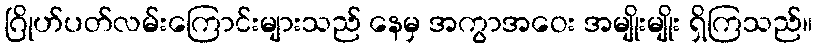
ဂြိုဟ်ပတ်လမ်းကြောင်းများသည် နေမှ အကွာအဝေး အမျိုးမျိုး ရှိကြသည်။